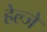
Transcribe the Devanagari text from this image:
हेल्जे